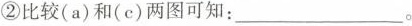
②比较(a)和(c)两图可知:___。